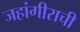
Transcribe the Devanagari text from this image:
जहांगीराची